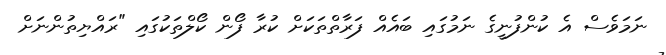
ނަމަވެސް އެ ކުންފުނީގެ ނަމުގައި ބައެއް ފަރާތްތަކަށް ކުރާ ފޯން ކޯލްތަކުގައި "ރައްޔިތުންނަށް